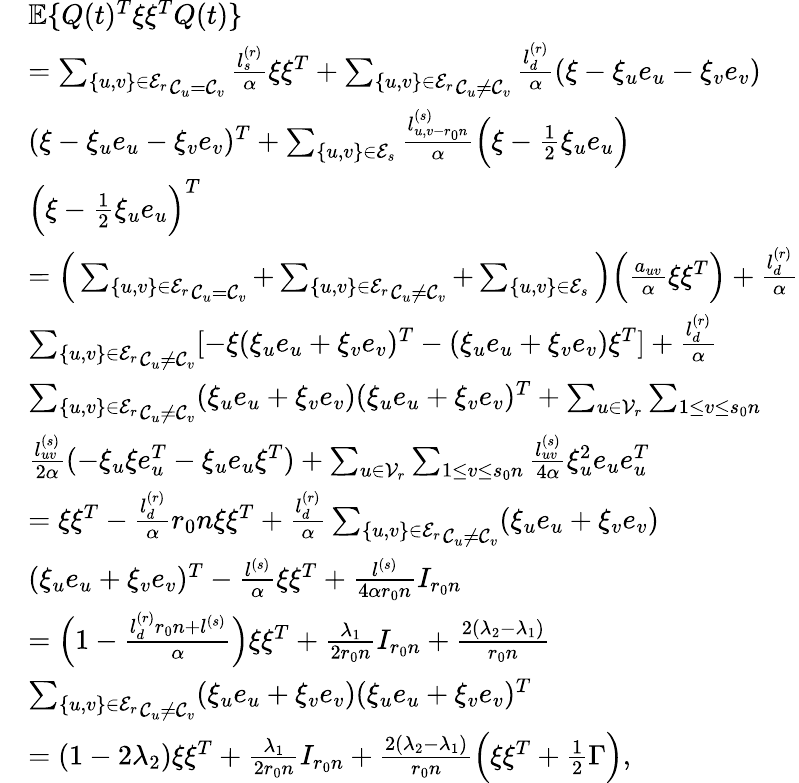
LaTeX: \begin{array}{rl}&{\mathbb{E}\{ Q(t)^{T}\xi\xi^{T}Q(t)\} }\\ &{=\underset{\mathcal{C}_{u}=\mathcal{C}_{v}}{\sum_{\{ u,v\} \in\mathcal{E}_{r}}}\frac{l_{s}^{(r)}}{\alpha}\xi\xi^{T}+\underset{\mathcal{C}_{u}\not=\mathcal{C}_{v}}{\sum_{\{ u,v\} \in\mathcal{E}_{r}}}\frac{l_{d}^{(r)}}{\alpha}(\xi-\xi_{u}e_{u}-\xi_{v}e_{v})}\\ &{(\xi-\xi_{u}e_{u}-\xi_{v}e_{v})^{T}+\sum_{\{ u,v\} \in\mathcal{E}_{s}}\frac{l_{u,v-r_{0}n}^{(s)}}{\alpha}\Big(\xi-\frac 12\xi_{u}e_{u}\Big)}\\ &{\Big(\xi-\frac 12\xi_{u}e_{u}\Big)^{T}}\\ &{=\Big(\underset{\mathcal{C}_{u}=\mathcal{C}_{v}}{\sum_{\{ u,v\} \in\mathcal{E}_{r}}}+\underset{\mathcal{C}_{u}\not=\mathcal{C}_{v}}{\sum_{\{ u,v\} \in\mathcal{E}_{r}}}+\sum_{\{ u,v\} \in\mathcal{E}_{s}}\Big)\Big(\frac{a_{uv}}{\alpha}\xi\xi^{T}\Big)+\frac{l_{d}^{(r)}}{\alpha}}\\ &{\underset{\mathcal{C}_{u}\not=\mathcal{C}_{v}}{\sum_{\{ u,v\} \in\mathcal{E}_{r}}}[-\xi(\xi_{u}e_{u}+\xi_{v}e_{v})^{T}-(\xi_{u}e_{u}+\xi_{v}e_{v})\xi^{T}]+\frac{l_{d}^{(r)}}{\alpha}}\\ &{\underset{\mathcal{C}_{u}\not=\mathcal{C}_{v}}{\sum_{\{ u,v\} \in\mathcal{E}_{r}}}(\xi_{u}e_{u}+\xi_{v}e_{v})(\xi_{u}e_{u}+\xi_{v}e_{v})^{T}+\sum_{u\in\mathcal{V}_{r}}\sum_{1\le v\le s_{0}n}}\\ &{\frac{l_{uv}^{(s)}}{2\alpha}(-\xi_{u}\xi e_{u}^{T}-\xi_{u}e_{u}\xi^{T})+\sum_{u\in\mathcal{V}_{r}}\sum_{1\le v\le s_{0}n}\frac{l_{uv}^{(s)}}{4\alpha}\xi_{u}^{2}e_{u}e_{u}^{T}}\\ &{=\xi\xi^{T}-\frac{l_{d}^{(r)}}{\alpha}r_{0}n\xi\xi^{T}+\frac{l_{d}^{(r)}}{\alpha}\underset{\mathcal{C}_{u}\not=\mathcal{C}_{v}}{\sum_{\{ u,v\} \in\mathcal{E}_{r}}}(\xi_{u}e_{u}+\xi_{v}e_{v})}\\ &{(\xi_{u}e_{u}+\xi_{v}e_{v})^{T}-\frac{l^{(s)}}{\alpha}\xi\xi^{T}+\frac{l^{(s)}}{4\alpha r_{0}n}I_{r_{0}n}}\\ &{=\Big(1-\frac{l_{d}^{(r)}r_{0}n+l^{(s)}}{\alpha}\Big)\xi\xi^{T}+\frac{\lambda_{1}}{2r_{0}n}I_{r_{0}n}+\frac{2(\lambda_{2}-\lambda_{1})}{r_{0}n}}\\ &{\underset{\mathcal{C}_{u}\not=\mathcal{C}_{v}}{\sum_{\{ u,v\} \in\mathcal{E}_{r}}}(\xi_{u}e_{u}+\xi_{v}e_{v})(\xi_{u}e_{u}+\xi_{v}e_{v})^{T}}\\ &{=(1-2\lambda_{2})\xi\xi^{T}+\frac{\lambda_{1}}{2r_{0}n}I_{r_{0}n}+\frac{2(\lambda_{2}-\lambda_{1})}{r_{0}n}\Big(\xi\xi^{T}+\frac 12\Gamma\Big),}\end{array}